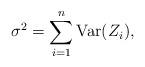
LaTeX: \begin{align*}\sigma^2 = \sum_{i=1}^n\mathrm{Var}(Z_i),\end{align*}